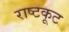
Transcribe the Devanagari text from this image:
राष्टकूट